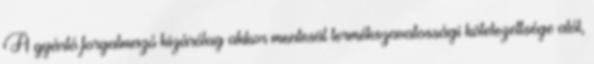
A gyártó forgalmazó kizárólag akkor mentesül termékszavatossági kötelezettsége alól,